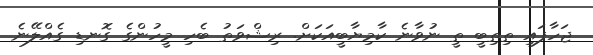
ޖަހާފައި ތިތިބީ ތީ ނުވާނެ ކާމިޔާބީއަކަށް. ރިޝްވަތު ބެހި މީހުންގެ ގޮނޑި ގެއްލޭނެ